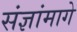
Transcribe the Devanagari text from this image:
संज्ञांमागे